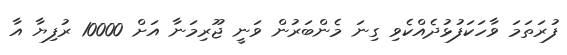
ފުރަތަމަ ވާހަކަފުޅުދެއްކެވި ގިނަ މެންބަރުން ވަނީ ޖޫރިމަނާ އަށް 10000 ރުފިޔާ އާ